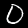
Label: 0